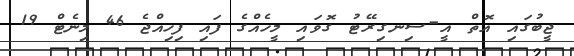
ޖީބުގައި އޮތް އީ-ސިނގިރޭޓު ގޮވައި މީހެއްގެ ފައި ފިހިއްޖެ 46 މިނެޓް 19